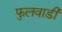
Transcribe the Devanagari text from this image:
फुलवाडी